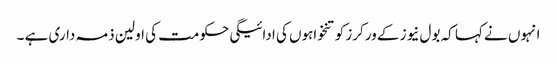
انہوں نے کہا کہ بول نیوز کے ورکرز کو تنخواہوں کی ادائیگی حکومت کی اولین ذمہ داری ہے ۔